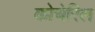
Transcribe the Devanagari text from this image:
कोचेरिल